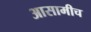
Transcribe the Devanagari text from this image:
आसामीच